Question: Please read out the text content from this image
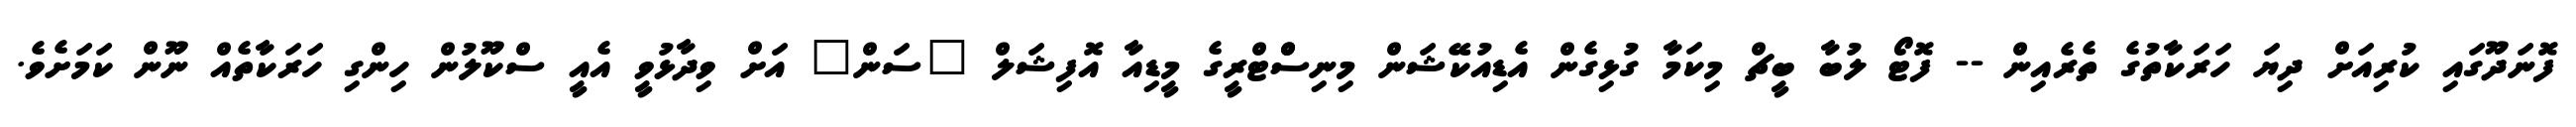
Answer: ފޮނަދޫގައި ކުރިއަށް ދިޔަ ހަރަކާތުގެ ތެރެއިން -- ފޮޓޯ ލުބާ ބީޗް މިކަމާ ގުޅިގެން އެޑިއުކޭޝަން މިނިސްްޓްރީގެ މީޑިއާ އޮފިޝަލް "ސަން" އަށް ވިދާޅުވީ އެއީ ސްކޫލުން ހިންގި ހަރަކާތެއް ނޫން ކަމަށެވެ.